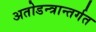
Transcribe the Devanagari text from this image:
अतोडन्त्रान्तर्गत